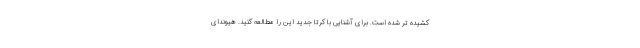
کشیده تر شده است. برای آشنایی با کرتا جدید این را مطالعه کنید. هیوندای